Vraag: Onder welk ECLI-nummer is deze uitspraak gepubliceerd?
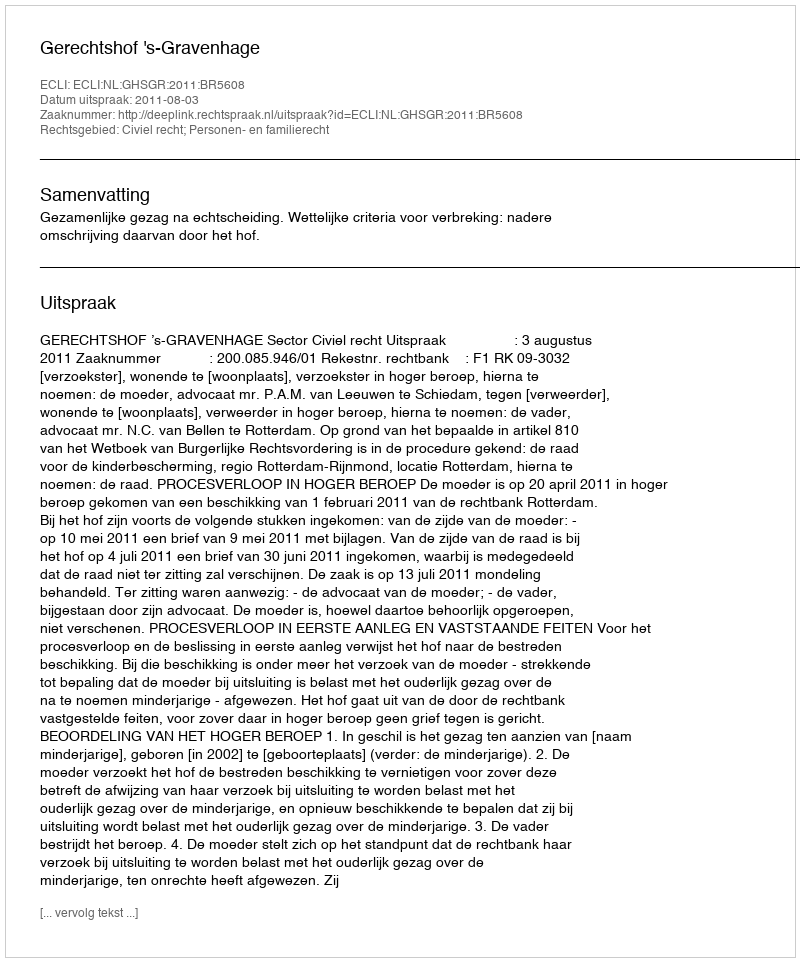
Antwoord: ECLI:NL:GHSGR:2011:BR5608